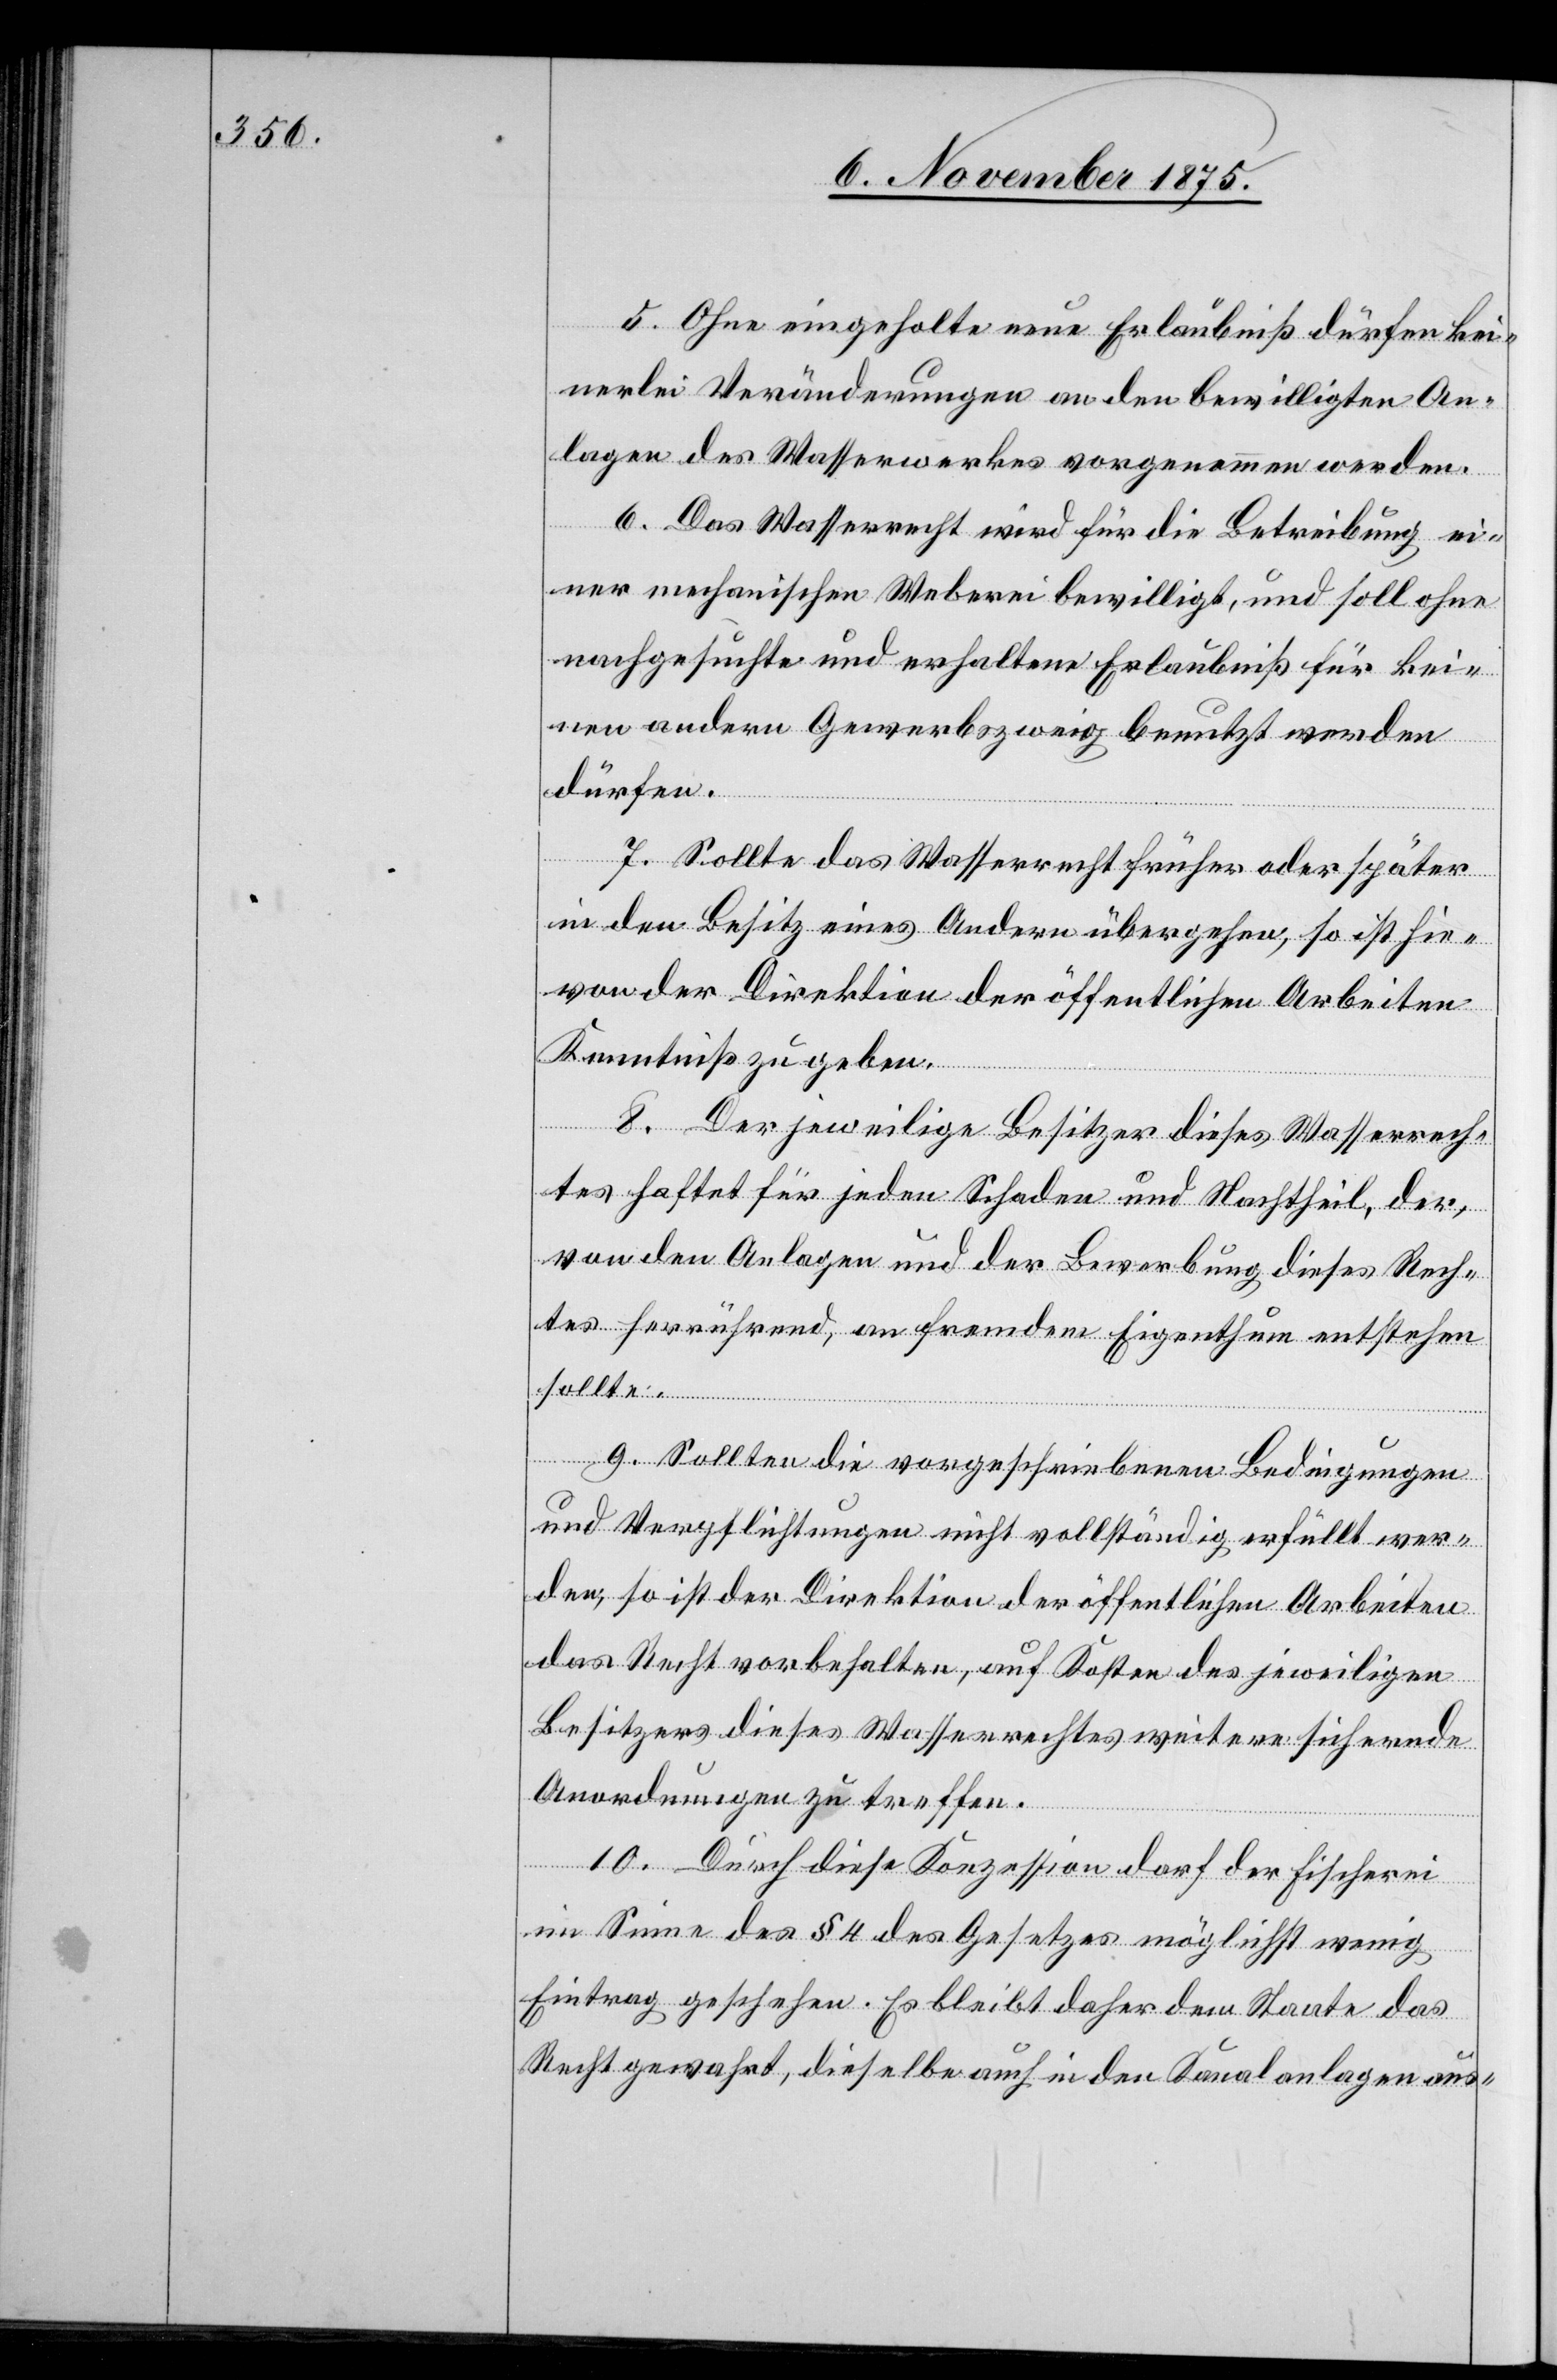
5. Ohne eingeholte neue Erlaubniß dürfen kei¬
nerlei Veränderungen an den bewilligten An¬
lagen des Wasserwerkes vorgenommen werden.
6. Das Wasserrecht wird für die Betreibung ei¬
ner mechanischen Weberei bewilligt, und soll ohne
nachgesuchte und erhaltene Erlaubniß für kei¬
nen andern Gewerbszweig benutzt werden
dürfen.
7. Sollte das Wasserrecht früher oder später
in den Besitz eines Andern übergehen, so ist hie¬
von der Direktion der öffentlichen Arbeiten
Kenntniß zu geben.
8. Der jeweilige Besitzer dieses Wasserrech¬
tes haftet für jeden Schaden und Nachtheil, der,
von den Anlagen und der Bewerbung dieses Rech¬
tes herrührend, an fremdem Eigenthum entstehen
sollte.
9. Sollten die vorgeschriebenen Bedingungen
und Verpflichtungen nicht vollständig erfüllt wer¬
den, so ist der Direktion der öffentlichen Arbeiten
das Recht vorbehalten, auf Kosten des jeweiligen
Besitzers dieses Wasserrechtes weitere sichernde
Anordnungen zu treffen.
10. Durch diese Konzession darf der Fischerei
im Sinne des § 4 des Gesetzes möglichst wenig
Eintrag geschehen. Es bleibt daher dem Staate das
Recht gewahrt, dieselbe auch in den Kanalanlagen aus-